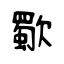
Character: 歜